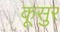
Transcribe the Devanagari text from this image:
कूसुर